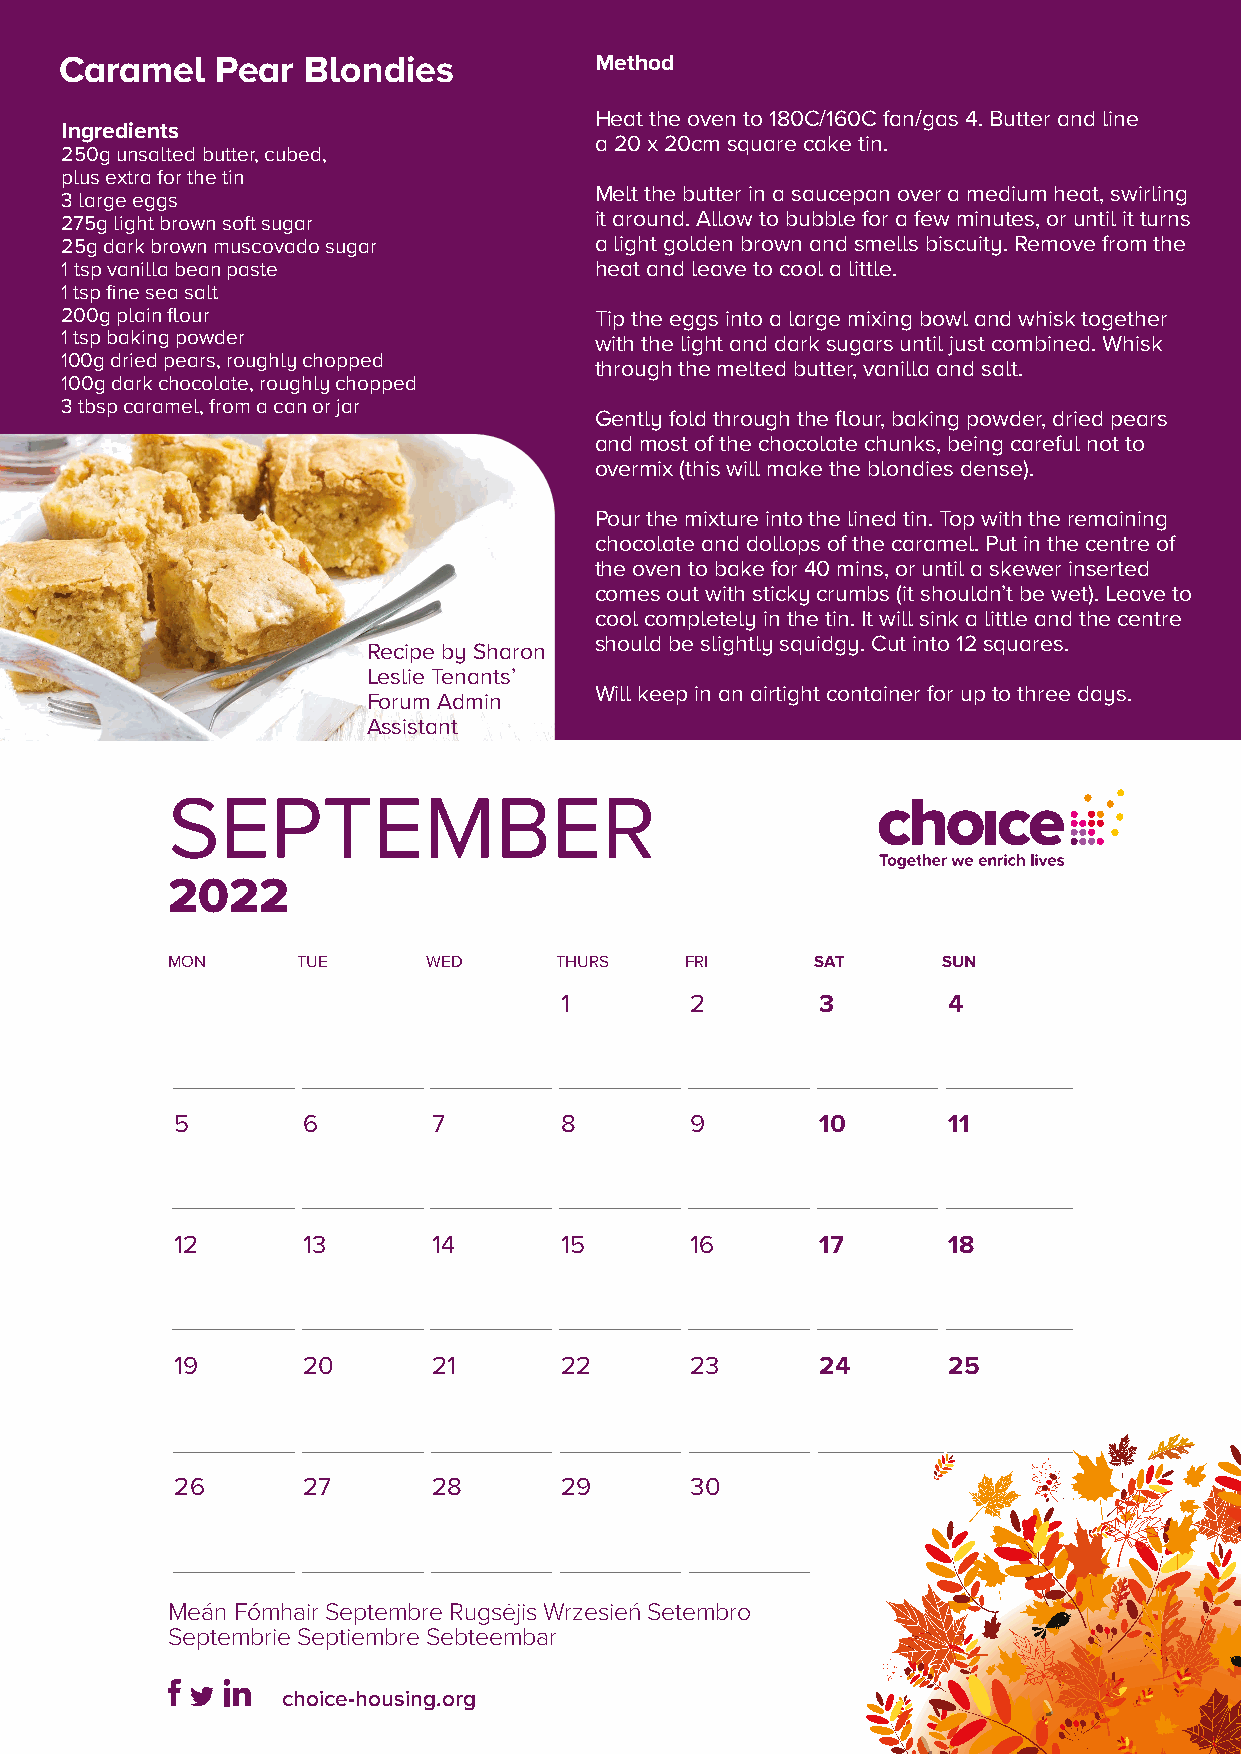
Caramel   Pear  Blondies           Method
 Heat the oven to 180C/160C fan/gas 4. Butter and line
 Ingredients
 a 20 x 20cm square cake tin.
 250g unsalted butter, cubed,
 plus extra for the tin
 Melt the butter in a saucepan over a medium heat, swirling
 3 large eggs
 275g light brown soft sugar        it around. Allow to bubble for a few minutes, or until it turns
 25g dark brown muscovado sugar     a light golden brown and smells biscuity. Remove from the
 1 tsp vanilla bean paste           heat and leave to cool a little.
 1 tsp fine sea salt
 200g plain flour                   Tip the eggs into a large mixing bowl and whisk together
 1 tsp baking powder                with the light and dark sugars until just combined. Whisk
 100g dried pears, roughly chopped
 through the melted butter, vanilla and salt.
 100g dark chocolate, roughly chopped
 3 tbsp caramel, from a can or jar
 Gently fold through the flour, baking powder, dried pears
 and most of the chocolate chunks, being careful not to
 overmix (this will make the blondies dense).
 Pour the mixture into the lined tin. Top with the remaining
 chocolate and dollops of the caramel. Put in the centre of
 the oven to bake for 40 mins, or until a skewer inserted
 comes out with sticky crumbs (it shouldn’t be wet). Leave to
 cool completely in the tin. It will sink a little and the centre
 should be slightly squidgy. Cut into 12 squares.
 Recipe by Sharon
 Leslie Tenants’
 Will keep in an airtight container for up to three days.
 Forum Admin
 Assistant
 SEPTEMBER
 2022
 MON      TUE     WED      THURS   FRI      SAT     SUN
 1        2       3        4
 5       6        7       8        9       10       11
 12      13       14      15       16      17       18
 19      20       21      22       23      24       25
 26      27       28      29       30
 Meán Fómhair Septembre Rugsėjis Wrzesień Setembro
 Septembrie Septiembre Sebteembar
 choice-housing.org